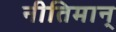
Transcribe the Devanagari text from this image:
नीतिमान्